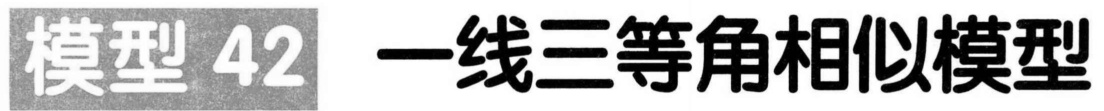
模型 42 一线三等角相似模型